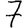
Digit: 7